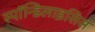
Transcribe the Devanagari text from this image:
स्पाॅन्डिलाइसिस